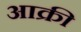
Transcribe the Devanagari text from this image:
आक्री